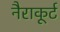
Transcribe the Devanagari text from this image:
नैराकूर्ट